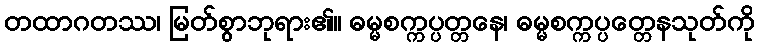
တထာဂတဿ၊ မြတ်စွာဘုရား၏။ ဓမ္မစက္ကပ္ပတ္တနေ၊ ဓမ္မစက္ကပ္ပတ္တေနသုတ်ကို